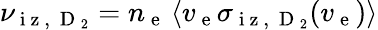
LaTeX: \nu_{\mathrm{~i~z~,~}\mathrm{~D~}_{2}}=n_{\mathrm{~e~}}\left\langle v_{\mathrm{~e~}}\sigma_{\mathrm{~i~z~,~}\mathrm{~D~}_{2}}(v_{\mathrm{~e~}})\right\rangle